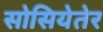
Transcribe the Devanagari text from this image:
सोसियेतेर